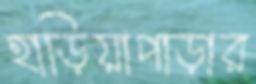
হাড়িয়াপাড়ার